Report of the Municipal Commissioner on the plague in Bombay for the year ending 31st May... - Volume 1
Disease focus: Plague
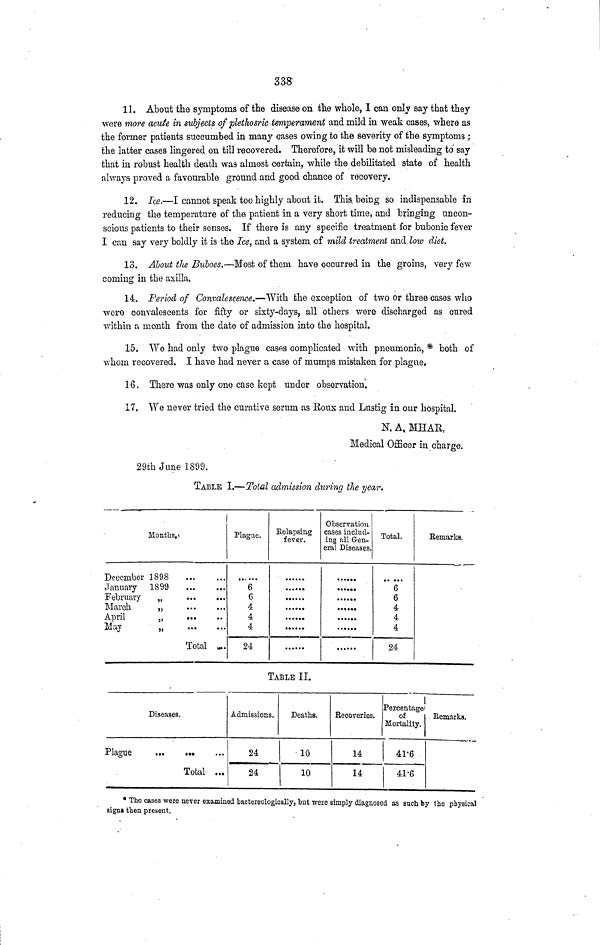
338
11. About the symptoms of the disease on the whole, I can only say that they
were more acute in subjects of plethosric temperament and mild in weak cases, where as
the former patients succumbed in many cases owing to the severity of the symptoms ;
the latter cases lingered on till recovered. Therefore, it will be not misleading to say
that in robust health death was almost certain, while the debilitated state of health
always proved a favourable ground and good chance of recovery.
12. Ice.—I cannot speak too highly about it. This being so, indispensable in
reducing the temperature of the patient in a very short time, and bringing uncon-
scious patients to their senses. If there is any specific treatment for bubonic fever
I can say very boldly it is the Ice, and a system of mild treatment and low diet.
13. About the Buboes.—Most of them have occurred in the groins, very few
coming in the axilla,
14. Period of Convalescence.—With the exception of two or three cases who
wero convalescents for fifty or sixty-days, all others were discharged as cured
within a month from the date of admission into the hospital.
15. We had only two plague cases complicated with pneumonia, * both of
whom recovered. I have had never a case of mumps mistaken for plague.
16. There was only one case kept under observation.
17. We never tried the curative sorum as Roux and Lustig in our hospital.
N. A, MHAR,
Medical Officer in charge.
29th June 1899.
TABLE I.—Total admission during the year.
December
January
February
March
April
May
Months.!
3898
1899
,,
,,
,,
,,
Total
.
.
,
•
1»·
Plague.
6
6
4
4
4
24
Relapsing
fever.
.
.
.
•
•
Observation
cases includ-
ing all Gen-
eral Diseases.
Total.
6
6
4
4
4
24
Remarks.
TABLE II.
Plague
Diseases.
...
···
Total
Admissions.
24
24
Deaths.
10
10
Recoveries.
14
14
Percentage
of
Mortality.
41·6
41·6
Remarks.
* The cases were never examinee! bactereologically, but were simply diagnosed as such by the physical
signs then present.